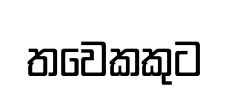
තවෙකකුට